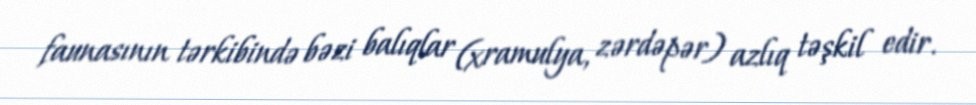
faunasının tərkibində bəzi balıqlar (xramulya, zərdəpər) azlıq təşkil edir.